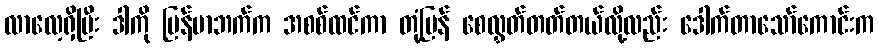
လာလေ့ရှိပြီး ဒါကို မြန်မာဘက်က အစစ်ထင်ကာ တုံ့ပြန် စေလွှတ်တတ်တယ်လို့လည်း ဒေါက်တာသော်ကောင်းက